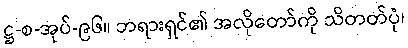
ဋ္ဌ-စ-အုပ်-၉၆။ ဘရားရှင်၏ အလိုတော်ကို သိတတ်ပုံ၊